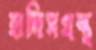
হাদিসগ্রন্থ